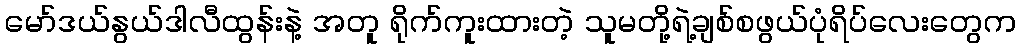
မော်ဒယ်နွယ်ဒါလီထွန်းနဲ့ အတူ ရိုက်ကူးထားတဲ့ သူမတို့ရဲ့ချစ်စဖွယ်ပုံရိပ်လေးတွေက